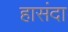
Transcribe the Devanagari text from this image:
हासंदा